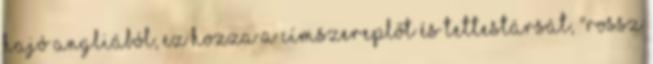
hajó Angliából, ez hozza a címszereplőt és tettestársát, "rossz